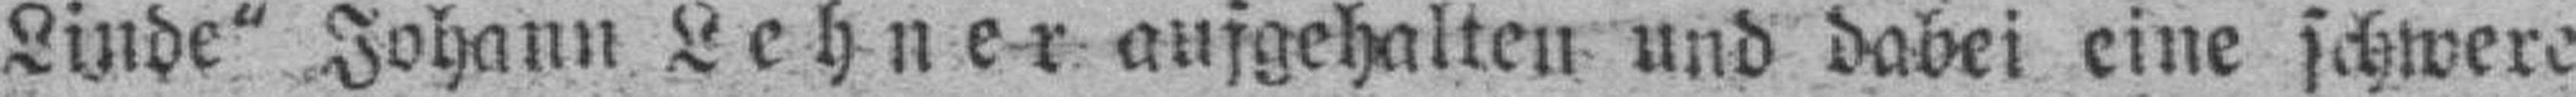
Linde" Johann Lehner aufgehalten und dabei eine schwere